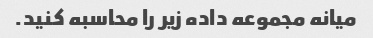
میانه مجموعه داده زیر را محاسبه کنید.